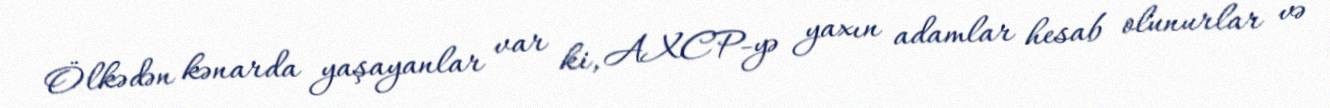
Ölkədən kənarda yaşayanlar var ki, AXCP-yə yaxın adamlar hesab olunurlar və